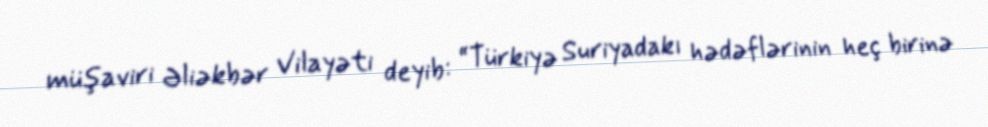
müşaviri Əliəkbər Vilayəti deyib: “Türkiyə Suriyadakı hədəflərinin heç birinə